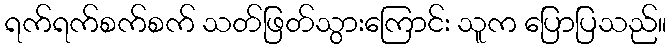
ရက်ရက်စက်စက် သတ်ဖြတ်သွားကြောင်း သူက ပြောပြသည်။